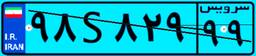
۹۸S۸۲۹۹۹